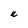
Character: e